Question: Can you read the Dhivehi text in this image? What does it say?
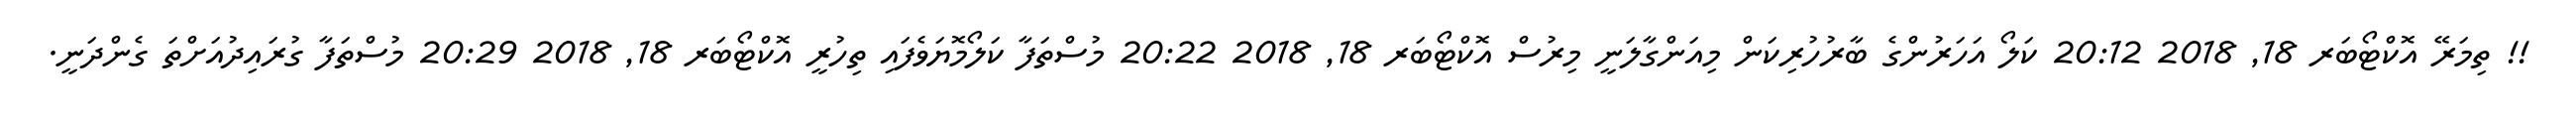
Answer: !! ތިމަރޭ އޮކްޓޯބަރ 18, 2018 20:12 ކަލޯ އަހަރުންގެ ބާރުހުރިކަން މިއަންގާލަނީ މިރުސް އޮކްޓޯބަރ 18, 2018 20:22 މުސްތަފާ ކަލޯމޮޔަވެފައި ތިހުރީ އޮކްޓޯބަރ 18, 2018 20:29 މުސްތަފާ ގުރައިދުއަށްތަ ގެންދަނީ.